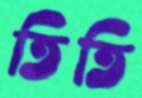
তিতি